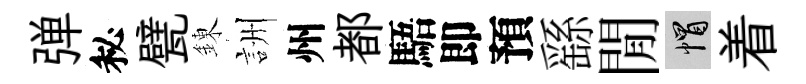
弹秘甓錬詶州都䮏即預繇閒帽着